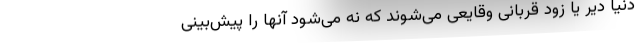
دنیا دیر یا زود قربانی وقایعی می‌شوند که نه می‌شود آنها را پیش‌بینی